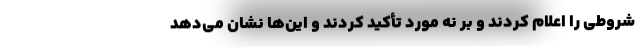
شروطی را اعلام کردند و بر نُه مورد تأکید کردند و این‌ها نشان می‌دهد